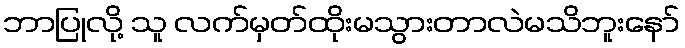
ဘာပြုလို့ သူ လက်မှတ်ထိုးမသွားတာလဲမသိဘူးနော်